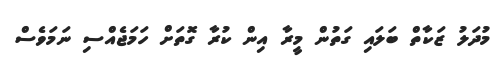
މުދަލު ޒަކާތް ބަލައި ގަތުން މީރާ އިން ކުރާ ގޮތަށް ހަމަޖެއްސި ނަމަވެސް